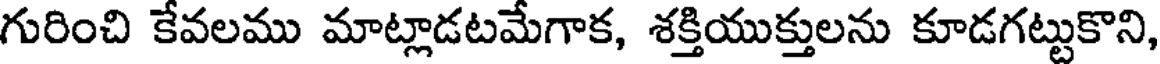
గురించి కేవలము మాట్లాడటమేగాక, శక్తియుక్తులను కూడగట్టుకొని,